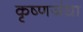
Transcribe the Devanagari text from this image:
कृष्णजंधा